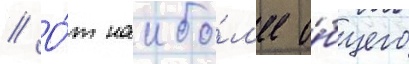
// О́т наибо́л'ее о́бщего